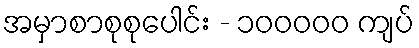
အမှာစာစုစုပေါင်း - ၁၀၀၀၀၀ ကျပ်